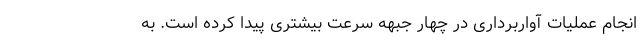
انجام عملیات آواربرداری در چهار جبهه سرعت بیشتری پیدا کرده است. به